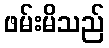
ဖမ်းမိသည်